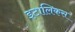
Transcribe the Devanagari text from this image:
इटालिकस